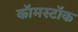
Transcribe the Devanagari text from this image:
कॉमस्टॉक